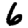
Digit: 6